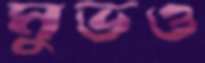
মুভও